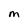
Character: M